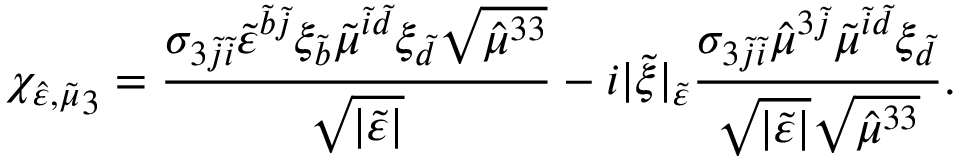
{ \chi _ { \hat { \varepsilon } , \tilde { \mu } } } _ { 3 } = \frac { \sigma _ { 3 \tilde { j } \tilde { i } } \tilde { \varepsilon } ^ { \tilde { b } \tilde { j } } \xi _ { \tilde { b } } \tilde { \mu } ^ { \tilde { i } \tilde { d } } \xi _ { \tilde { d } } \sqrt { \hat { \mu } ^ { 3 3 } } } { \sqrt { \lvert \tilde { { \varepsilon } } \rvert } } - i \lvert \tilde { \xi } \rvert _ { \tilde { \varepsilon } } \frac { \sigma _ { 3 \tilde { j } \tilde { i } } \hat { \mu } ^ { 3 \tilde { j } } \tilde { \mu } ^ { \tilde { i } \tilde { d } } \xi _ { \tilde { d } } } { \sqrt { \lvert \tilde { \varepsilon } \rvert } \sqrt { \hat { \mu } ^ { 3 3 } } } .